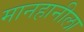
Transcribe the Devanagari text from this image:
मानहानीला